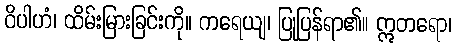
ဝိပါဟံ၊ ထိမ်းမြားခြင်းကို။ ကရေယျ၊ ပြုပြန်ရာ၏။ ဣတရော၊